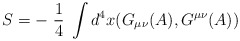
\begin{align*}S = - \; \frac{1}{4}\; \int d^{4}x (G_{\mu\nu}(A), G^{\mu\nu}(A))\end{align*}